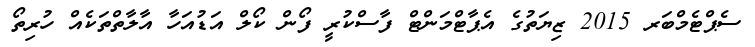
ސެޕްޓެމްބަރ 2015 ޒިޔަތުގެ އެޕާޓްމަންޓް ފާސްކުރީ ފޯން ކޯލް އަޑުއަހާ އާލާތްތަކެއް ހުރިތޯ